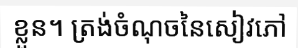
ខ្លួន។ ត្រង់ចំណុចនៃសៀវភៅ